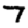
Digit: 7